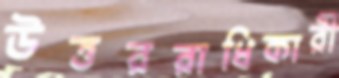
উত্তররাধিকারী